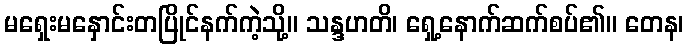
မရှေးမနှောင်းတပြိုင်နက်ကဲ့သို့။ သန္ဒဟတိ၊ ရှေ့နောက်ဆက်စပ်၏။ တေန၊